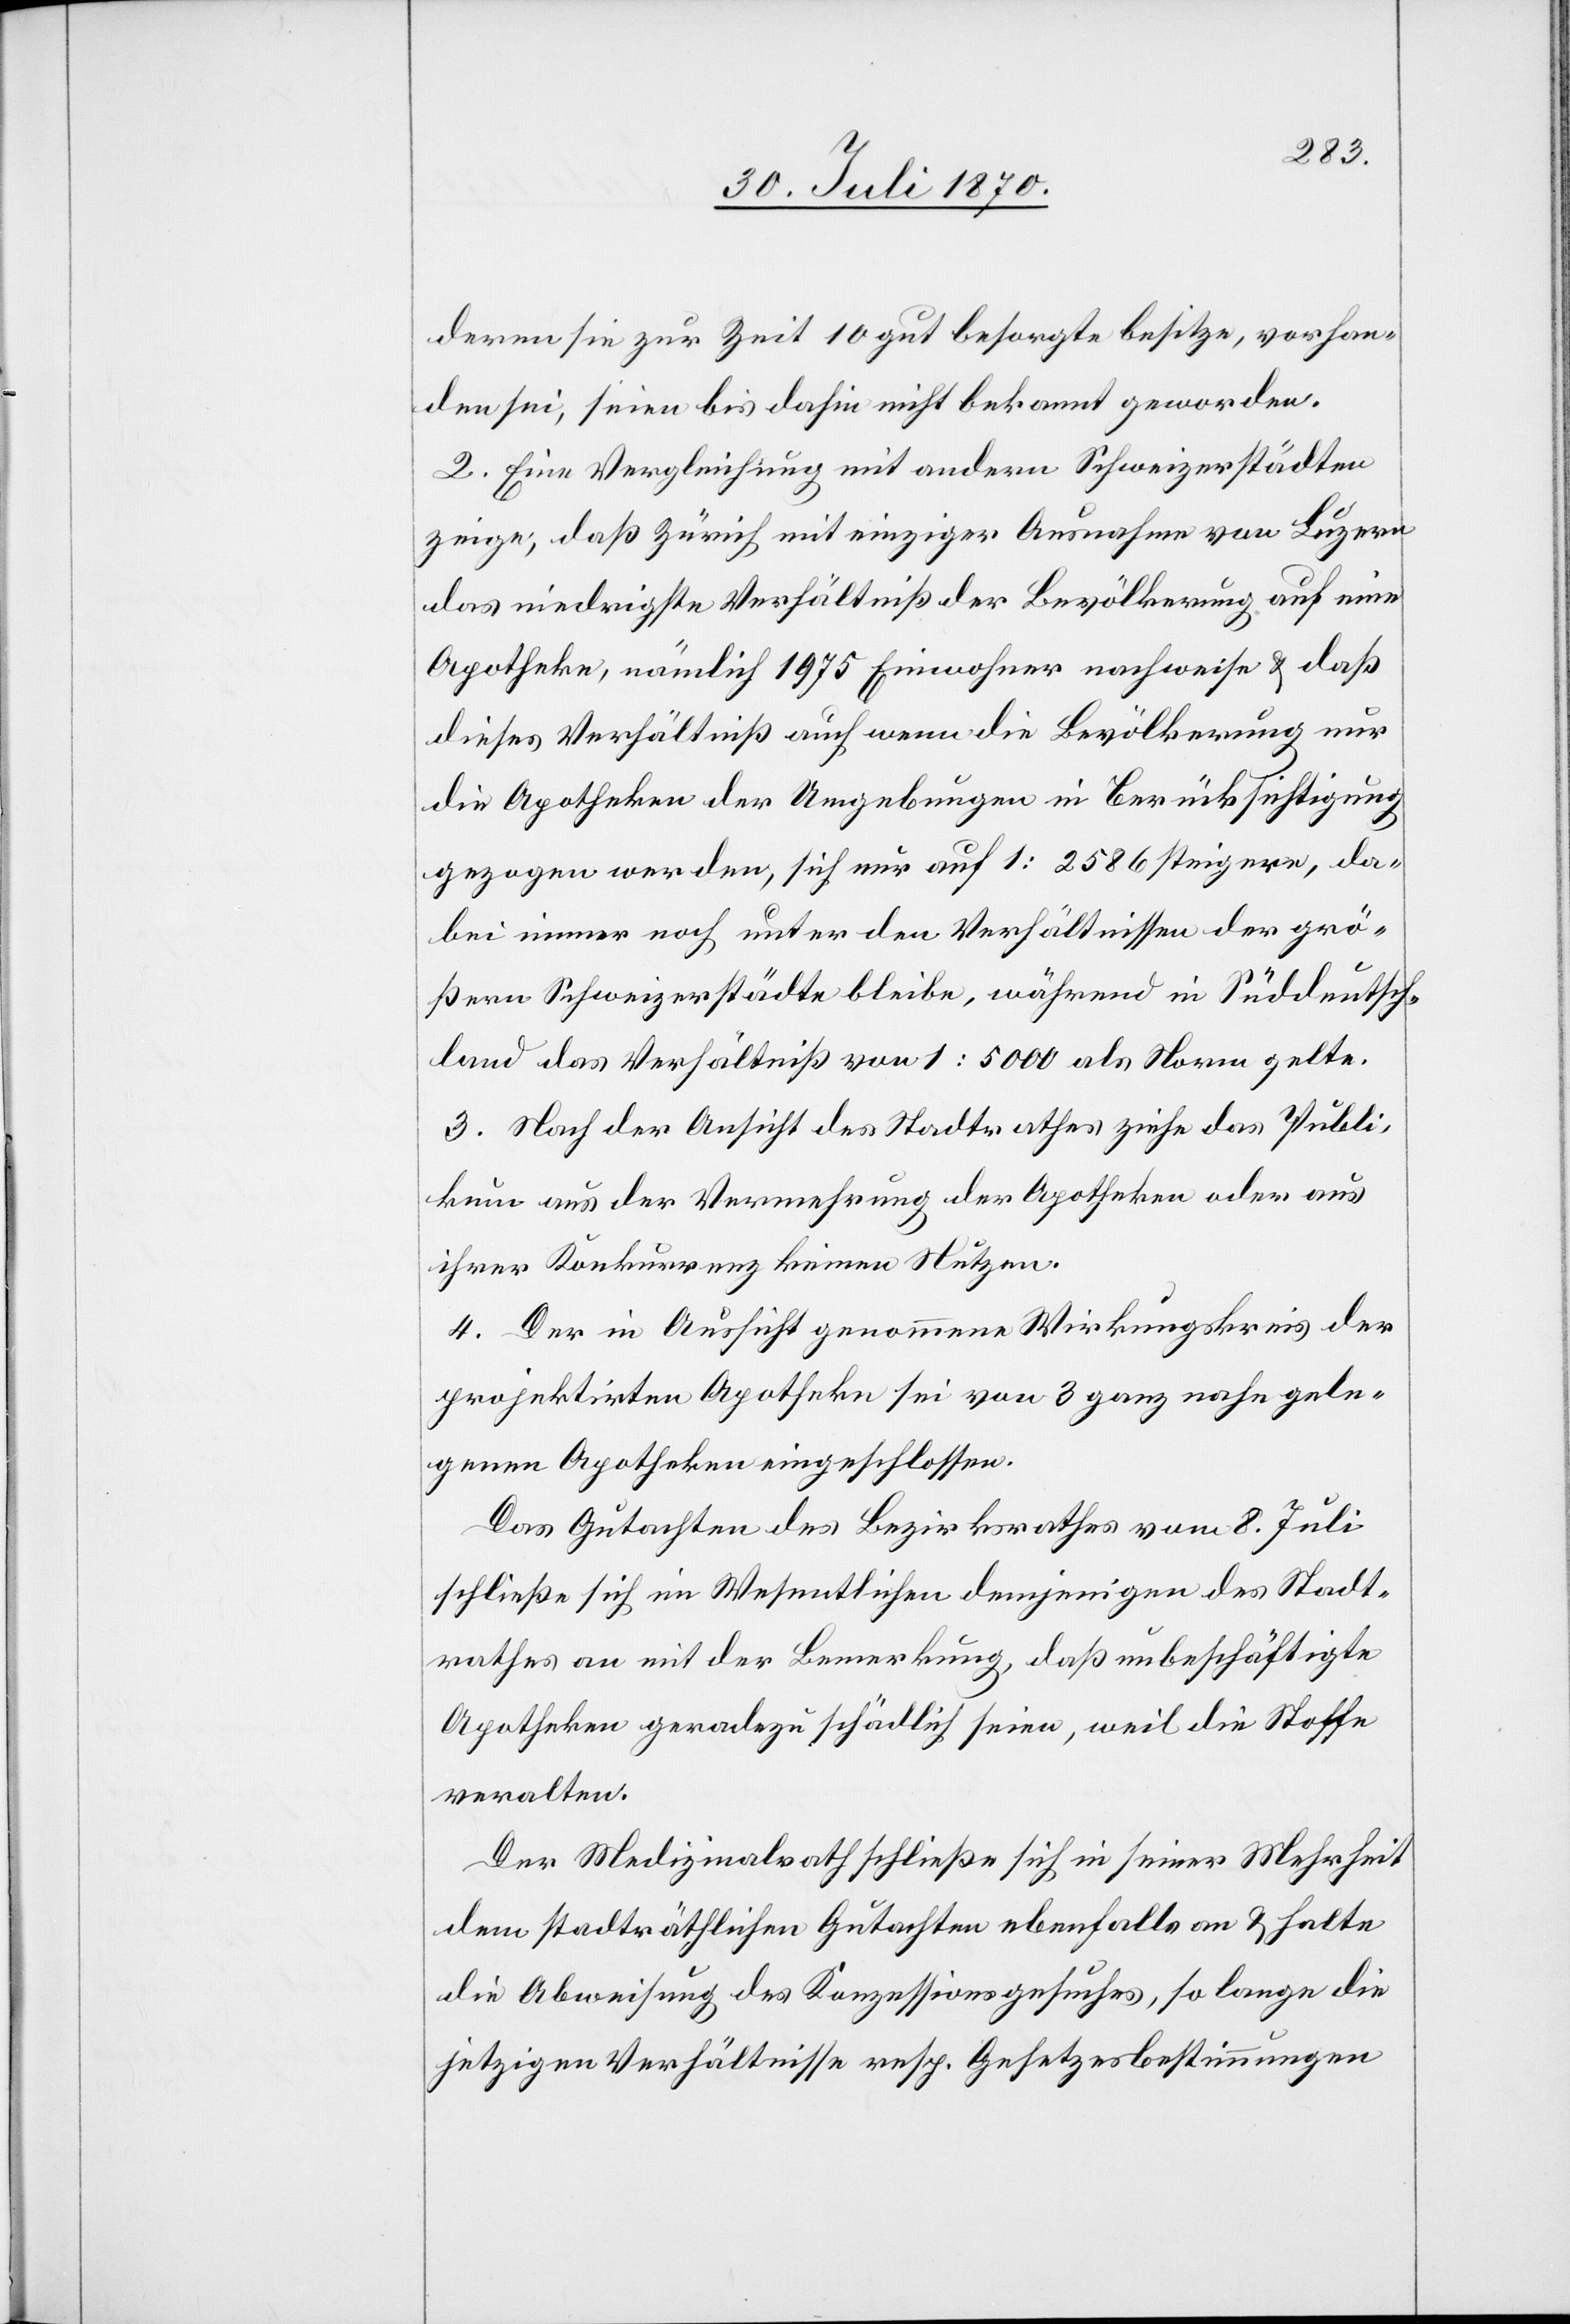
deren sie zur Zeit 10 gut besorgte besitze, vorhan¬
den sei, seien bis dahin nicht bekannt geworden.
2. Eine Vergleichung mit andern Schweizerstädten
zeige, daß Zürich mit einziger Ausnahme von Luzern
das niedrigste Verhältniß der Bevölkerung auf eine
Apotheke, nämlich 1975 Einwohner nachweise & daß
dieses Verhältniß auch wenn die Bevölkerung nur
die Apotheke der Umgebungen in Berücksichtigung
gezogen werden, sich nur auf 1 : 2586 steigern, da¬
bei immer noch unter den Verhältnissen der grö¬
ßern Schweizerstädte bleibe, während in Süddeutsch¬
land das Verhältniß von 1 : 5000 als Norm gelte.
3. Nach der Ansicht des Stadtrathes ziehe das Publi¬
kum aus der Vermehrung der Apotheken oder aus
ihrer Konkurrenz keinen Nutzen.
4. Der in Aussicht genommene Wirkungskreis der
projektirten Apotheke sei von 3 ganz nahe gele¬
genen Apotheken eingeschlossen.
Das Gutachten des Bezirksrathes vom 8. Juli
schließe sich im Wesentlichen demjenigen des Stadt¬
rathes an mit der Bemerkungen, daß unbeschäftigte
Apotheken geradezu schädlich seien, weil die Stoffe
veralten.
Der Medizinalrath schließe sich in seiner Mehrheit
dem stadträthlichen Gutachten ebenfalls an & halte
die Abweisung des Konzessionsgesuches, so lange die
jetzigen Verhältnisse resp. Gesetzesbestimmungen